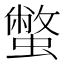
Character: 蟞